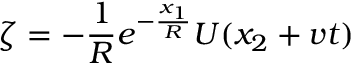
\zeta = - \frac { 1 } { R } e ^ { - \frac { x _ { 1 } } { R } } U ( x _ { 2 } + v t )